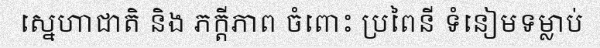
ស្នេហាជាតិ និង ភក្តីភាព ចំពោះ ប្រពៃនី ទំនៀមទម្លាប់